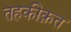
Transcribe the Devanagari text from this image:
तहकीक़त